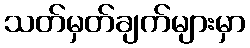
သတ်မှတ်ချက်များမှာ